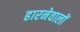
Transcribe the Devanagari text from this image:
हारनेवालों